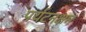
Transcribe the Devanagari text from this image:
पर्यटनक्षम